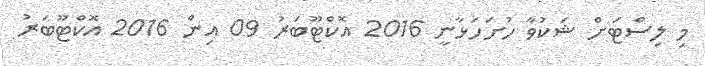
މި ލިސްޓަށް ޝަކުވާ ހުށަހަޅާނީ 2016 އޮކްޓޫބަރު 09 އިން 2016 އޮކްޓޫބަރު